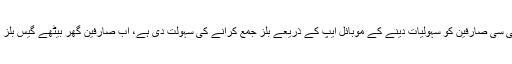
ایس این جی پی ایل اور ایس ایس جی سی صارفین کو سہولیات دینے کے موبائل ایپ کے ذریعے بلز جمع کرانے کی سہولت دی ہے، اب صارفین گھر بیٹھے گیس بلز موبائل ایپ سے جع کرا سکے گیں۔